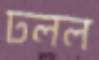
ঢলল